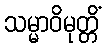
သမ္မာဝိမုတ္တိံ